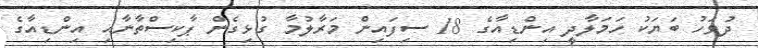
ދުވަހު ބަޔަކު ހަމަލާދީ އިންޑިއާގެ 18 ސިފައިން މަރާލުމާ ގުޅިގެން ޕާކިސްތާނާއި އިންޑިއާގެ